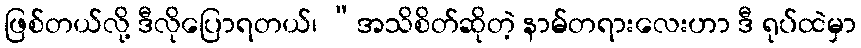
ဖြစ်တယ်လို့ ဒီလိုပြောရတယ်၊ “အသိစိတ်ဆိုတဲ့ နာမ်တရားလေးဟာ ဒီ ရုပ်ထဲမှာ